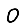
Digit: 0